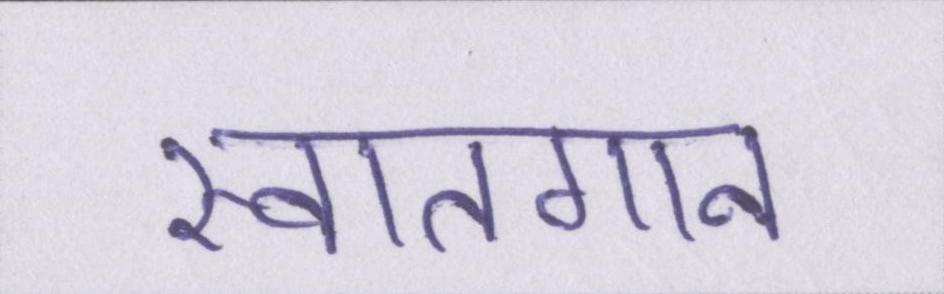
स्वातगान